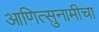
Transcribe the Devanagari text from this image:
आणित्सुनामीचा